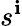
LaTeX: s^{\mathbf{i}}